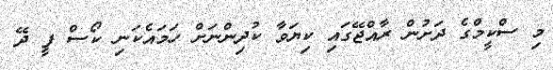
މި ސްކީމްގެ ދަށުން ރާއްޖޭގައި ކިޔަވާ ކުދިންނަށް ހަމައެކަނި ކޯސް ފީ ދޭ